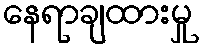
နေရာချထားမှု